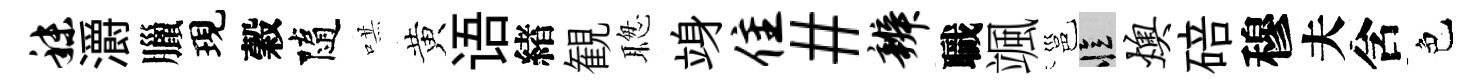
秣灂臘現穀隨哄黄语緖観聦竧隹#辨職颯邕忆燠碚穆夫含色